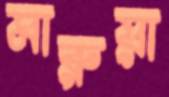
মারুয়া